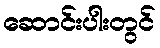
ဆောင်းပါးတွင်